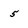
Character: 5